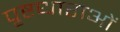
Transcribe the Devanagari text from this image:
पृष्टधाराओं